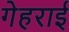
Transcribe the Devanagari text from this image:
गेहराई